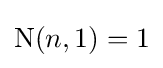
\operatorname {N} (n,1)=1